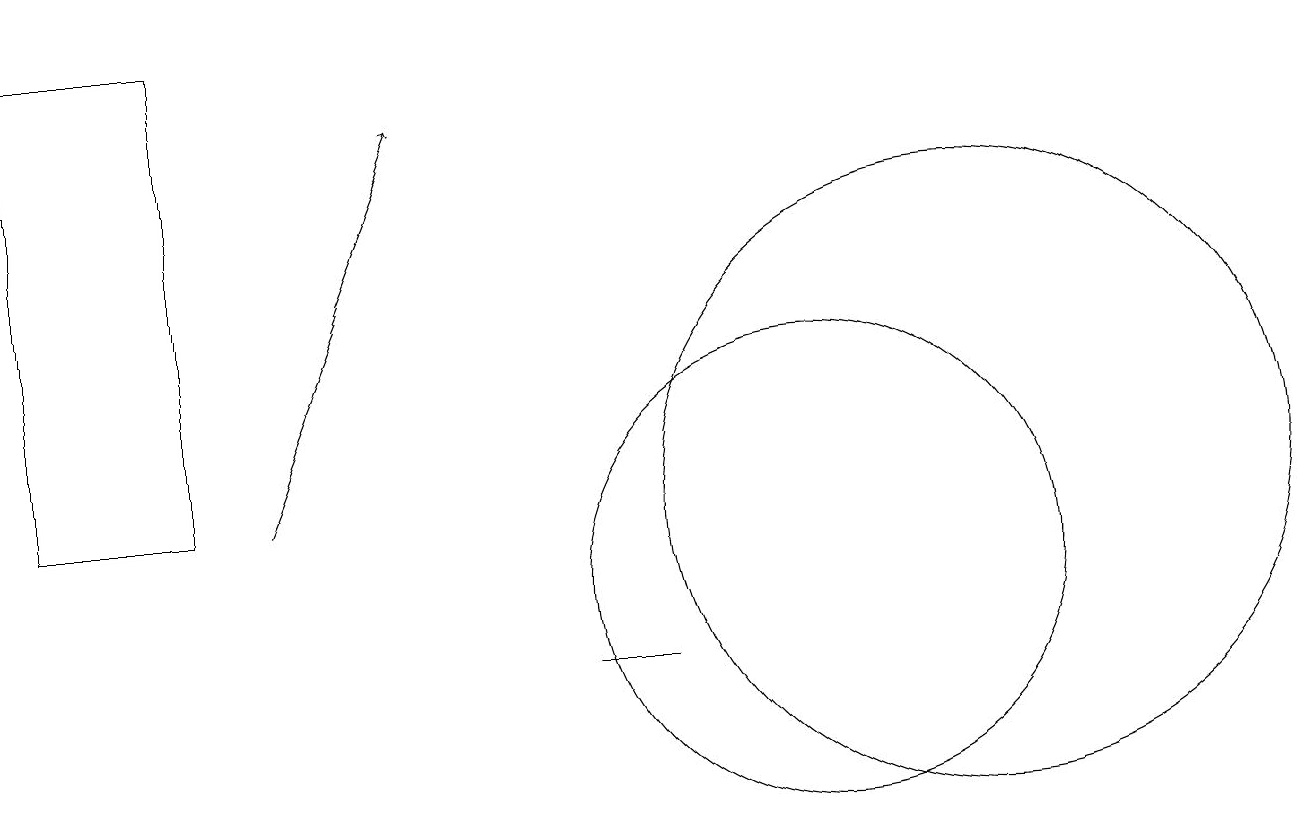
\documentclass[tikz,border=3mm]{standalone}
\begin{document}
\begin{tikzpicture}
\draw (2,12) rectangle (0,18);
\draw (10,11) circle (3);
\draw (8,10) rectangle (7,10);
\draw[->] (3,12) -- (5,17);
\draw (12,12) circle (4);
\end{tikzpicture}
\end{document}